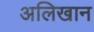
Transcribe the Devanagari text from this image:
अलिखान